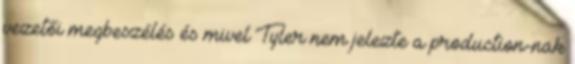
vezetői megbeszélés és mivel Tyler nem jelezte a production-nak